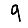
Digit: 9